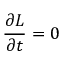
{ \frac { \partial L } { \partial t } } = 0